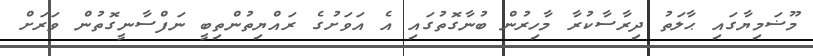
މޫޟަމިޔާގައި ޙާލަތު ދިރާސާކުރާ މާހިރުން ބުނާގޮތުގައި އެ އަވަށުގެ ރައްޔިތުންތިބީ ނަފްސާނީގޮތުން ވަރަށް